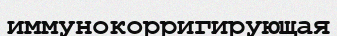
иммунокорригирующая